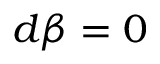
d \beta = 0